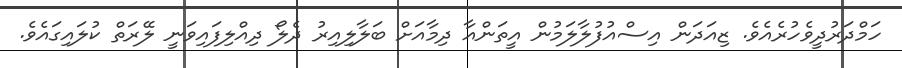
ހަމްދަރުދީވެހުރެއެވެ. ޒިއަދަން އިސްއުފުލާލަމުން އީތަންއާ ދިމާއަށް ބަލާލިއިރު ދެލޯ ދިއްލިފައިވަނީ ލޭރަތް ކުލައިގައެވެ.